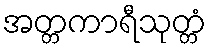
အတ္တကာရီသုတ္တံ